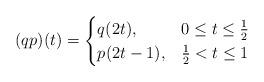
LaTeX: \begin{align*}(qp)(t)=\begin{cases}q(2t),&0\le t\le \frac{1}{2}\\p(2t-1),&\frac{1}{2}<t\le1\end{cases}\end{align*}